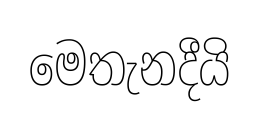
මෙතැනදීයි